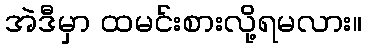
အဲဒီမှာ ထမင်းစားလို့ရမလား။